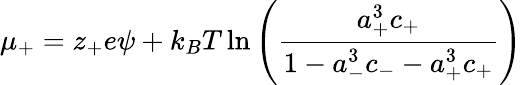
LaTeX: \mu_{+}=z_{+}e\psi+k_{B}T\ln\left({\frac{a_{+}^{3}c_{+}}{1-a_{-}^{3}c_{-}-a_{+}^{3}c_{+}}}\right)